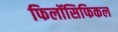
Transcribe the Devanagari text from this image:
फिलॉसिफिकल